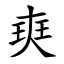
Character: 㻎